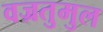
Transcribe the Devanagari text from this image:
वज्रतुमुल